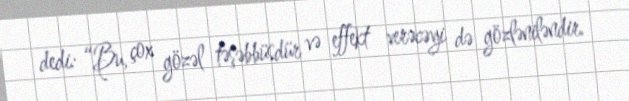
dedi: “Bu, çox gözəl təşəbbüsdür və effekt verəcəyi də gözləniləndir.